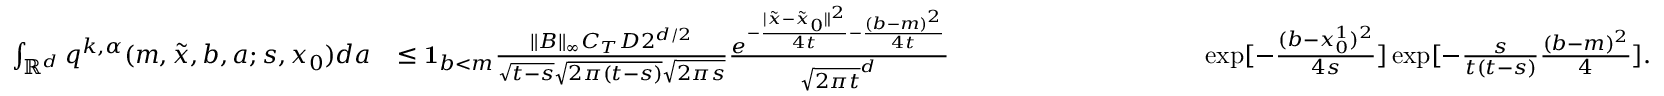
\begin{array} { r l r } { \int _ { \mathbb { R } ^ { d } } q ^ { k , \alpha } ( m , \tilde { x } , b , a ; s , x _ { 0 } ) d a } & { \leq { \mathbf 1 } _ { b < m } \frac { \| B \| _ { \infty } C _ { T } D 2 ^ { d / 2 } } { \sqrt { t - s } \sqrt { 2 \pi ( t - s ) } \sqrt { 2 \pi s } } \frac { e ^ { - \frac { | \tilde { x } - \tilde { x } _ { 0 } \| ^ { 2 } } { 4 t } - \frac { ( b - m ) ^ { 2 } } { 4 t } } } { \sqrt { 2 \pi t } ^ { d } } \ ~ ~ ~ ~ ~ ~ ~ ~ ~ ~ ~ ~ ~ ~ ~ ~ ~ ~ ~ ~ ~ ~ ~ ~ ~ ~ } & { \exp [ - \frac { ( b - x _ { 0 } ^ { 1 } ) ^ { 2 } } { 4 s } ] \exp [ - \frac { s } { t ( t - s ) } \frac { ( b - m ) ^ { 2 } } { 4 } ] . } \end{array}